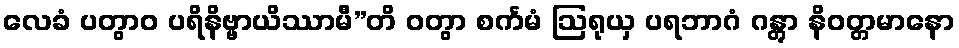
လေခံ ပတွာဝ ပရိနိဗ္ဗာယိဿာမီ”တိ ဝတွာ စင်္ကမံ ဩရုယှ ပရဘာဂံ ဂန္တွာ နိဝတ္တမာနော